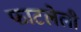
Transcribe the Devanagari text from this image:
फाटलेली